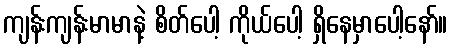
ကျန်းကျန်းမာမာနဲ့ စိတ်ပေါ့ ကိုယ်ပေါ့ ရှိနေမှာပေါ့နော်။